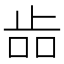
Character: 𣥧